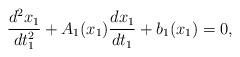
LaTeX: \begin{align*}\frac{d^2x_1}{dt_1^2}+A_1(x_1)\frac{dx_1}{dt_1}+b_1(x_1)=0,\end{align*}